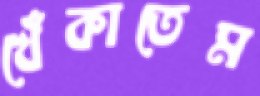
খেঁকাতেম